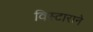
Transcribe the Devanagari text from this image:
विस्टाराने